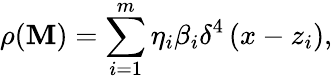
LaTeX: \rho(\mathbf{M})=\sum_{i=1}^{m}\eta_{i}\beta_{i}\delta^{4}\left(x-z_{i}\right),